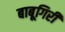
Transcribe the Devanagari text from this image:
बाबूगिरी